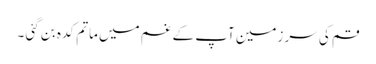
قم کی سر زمین آپ کے غم میں ماتم کدہ بن گئی ۔